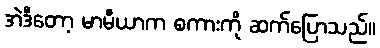
အဲဒီတော့ မာမီယာက စကားကို ဆက်ပြောသည်။